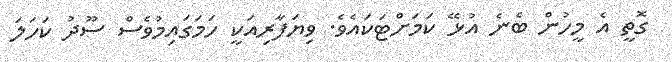
ގޮތީ އެ މީހުން ބެނެ އުޅޭ ކަމަށްޓަކައެވެ. ވިޔަފާރިއަކީ ހަމަގައިމުވެސް ސޫދު ކަހަލަ